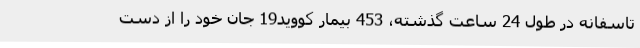
تاسفانه در طول 24 ساعت گذشته، 453 بیمار کووید19 جان خود را از دست